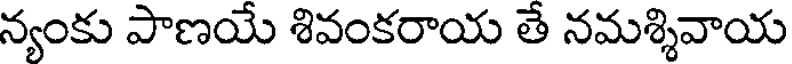
న్యంకు పాణయే శివంకరాయ తే నమశ్శివాయ